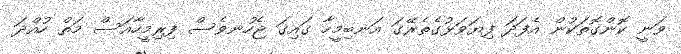
ވަނީ ކޮންގޮތަކުން އެފަދަ ފިޔަވަޅުގެތެރޭގަ އަނބިމީހާ ގައިގަ ޖެހުނވެސް ފިރިމީހާއަސް މަތް ހުއްދަ